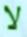
لا